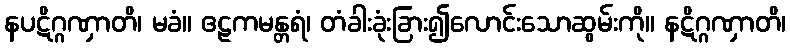
နပဋိဂ္ဂဏှာတိ၊ မခံ။ ဧဠကမန္တရံ၊ တံခါးခုံးခြား၍လောင်းသောဆွမ်းကို။ နဋိဂ္ဂဏှာတိ၊